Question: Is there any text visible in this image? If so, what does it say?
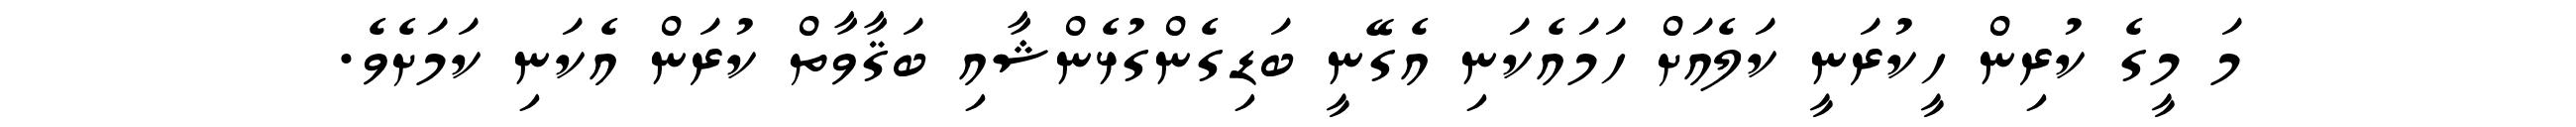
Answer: މަ މީގެ ކުރިން ހީކުރަނީ ކަލެއަށް ހަމައެކަނި އެގޭނީ ބަޑިގެންގުޅެންޝާއި ބަޤާވާތް ކުރަން އެކަނި ކަމަށެވެ.